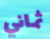
ثماني